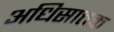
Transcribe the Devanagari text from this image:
अधिसात्तक